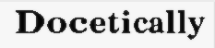
Docetically